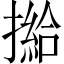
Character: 𢵰